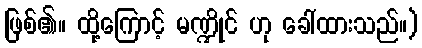
ဖြစ်၏။ ထို့ကြောင့် မဏ္ဍိုင် ဟု ခေါ်ထားသည်။)